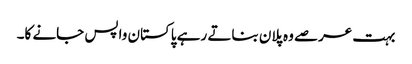
بہت عرصے وہ پلان بناتے رہے پاکستان واپس جانے کا۔